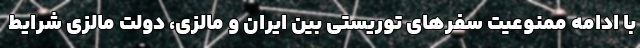
با ادامه ممنوعیت سفرهای توریستی بین ایران و مالزی، دولت مالزی شرایط